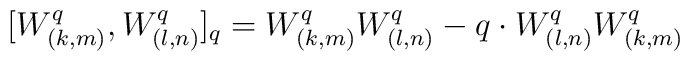
[W^q_{(k,m)}, W^q_{(l,n)}]_q = W^q_{(k,m)} W^q_{(l,n)} - q \cdot W^q_{(l,n)} W^q_{(k,m)}